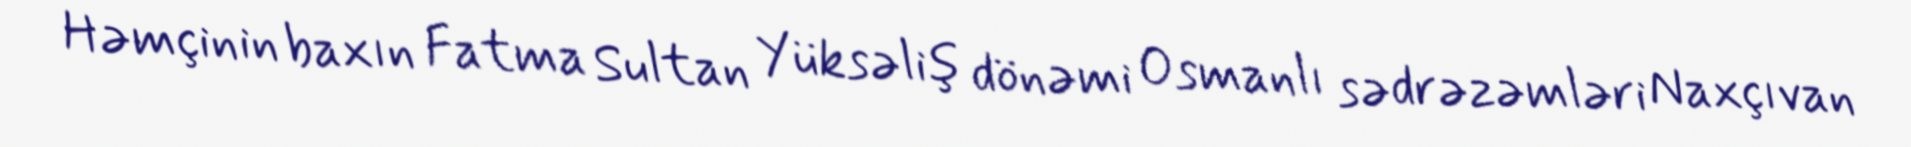
Həmçinin baxın Fatma Sultan Yüksəliş dönəmi Osmanlı sədrəzəmləri Naxçıvan